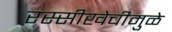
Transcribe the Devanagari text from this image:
रस्सीखेचीमुळे